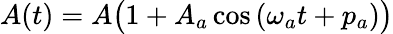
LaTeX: A(t)=A{\bigl(}1+A_{a}\cos\, (\omega_{a}t+p_{a}){\bigr)}